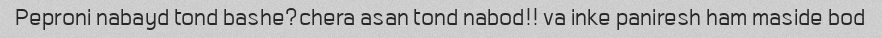
Peproni nabayd tond bashe?chera asan tond nabod!! va inke paniresh ham maside bod